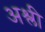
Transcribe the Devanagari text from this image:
अश्ली